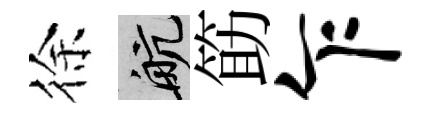
徐航筯乍